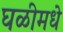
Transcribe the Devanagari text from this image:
घळीमधे